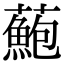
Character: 𧂫